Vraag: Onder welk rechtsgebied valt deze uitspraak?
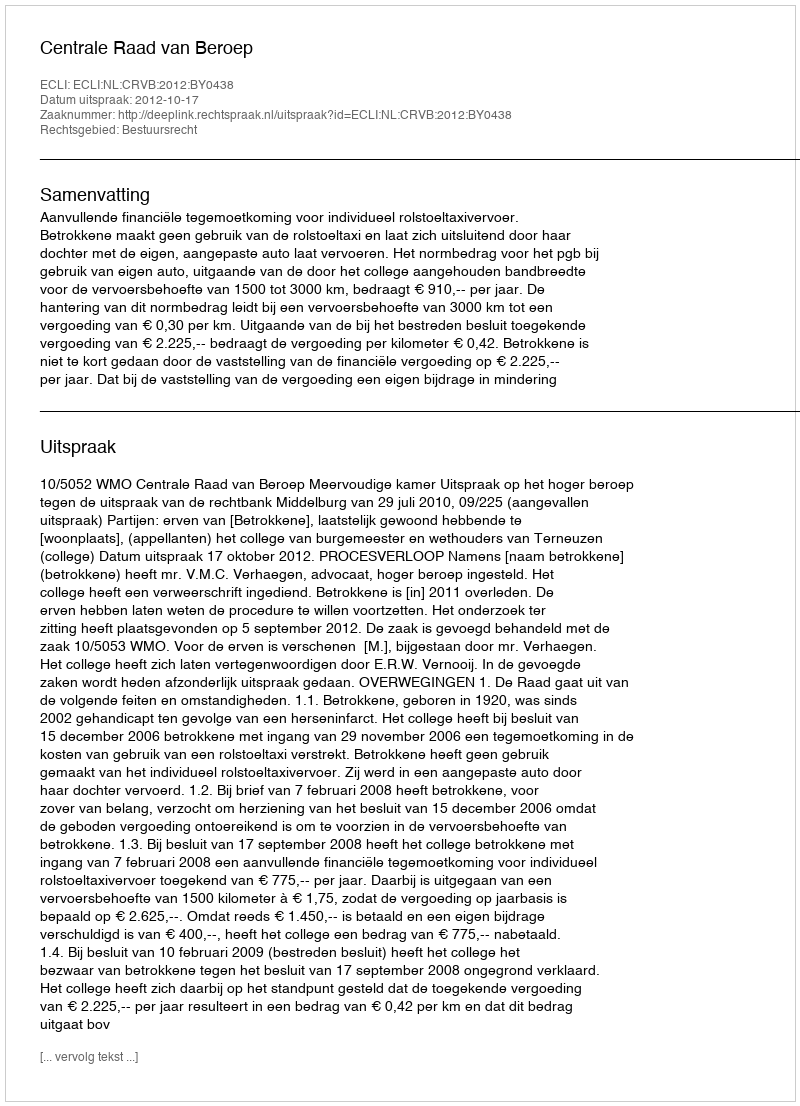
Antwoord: Bestuursrecht